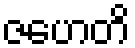
ဇဟေတိ